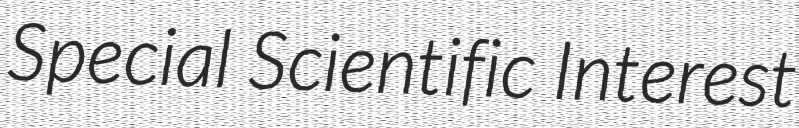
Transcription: Special Scientific Interest